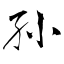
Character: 孙